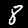
Label: 8